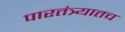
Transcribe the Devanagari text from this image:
पारतंत्र्यातच